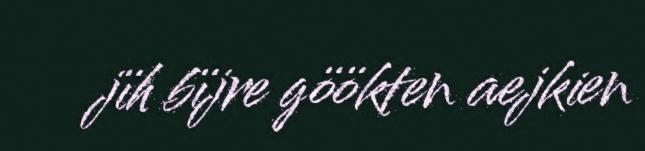
jïh bïjre göökten aejkien